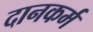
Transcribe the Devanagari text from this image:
दानकर्म